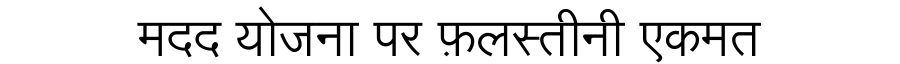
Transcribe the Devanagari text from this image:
मदद योजना पर फ़लस्तीनी एकमत